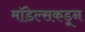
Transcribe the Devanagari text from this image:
मॉडेल्सकडून